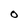
Character: 0